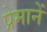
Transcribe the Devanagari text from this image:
प्रेमानें